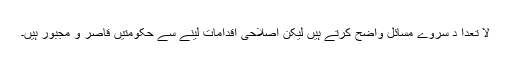
لا تعدا د سروے مسائل واضح کرتے ہیں لیکن اصلاحی اقدامات لینے سے حکومتیں قاصر و مجبور ہیں۔